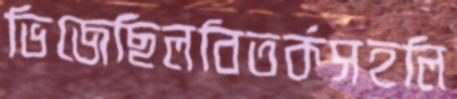
ভিজেছিলবিতর্কসহলি